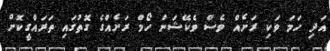
އަދި ހަމަ ވަކި ރަށެއް ވެސް ވެކޭޝަން ހޯމް ރަށެއްގެ ގޮތުގައި ތަރައްގީކޮށް